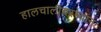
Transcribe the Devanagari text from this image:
हालचालींदरम्यान